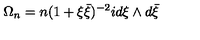
\Omega _ { n } = n ( 1 + \xi \bar { \xi } ) ^ { - 2 } i d \xi \wedge d \bar { \xi }